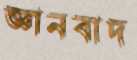
জ্ঞানবাদ